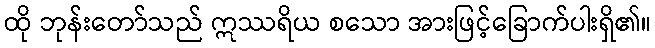
ထို ဘုန်းတော်သည် ဣဿရိယ စသော အားဖြင့်ခြောက်ပါးရှိ၏။